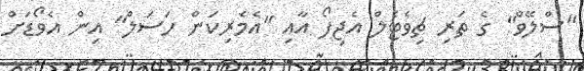
"ސްލޭވް" ގެ ތަރި ޗިވެޓެލް އެޖިފޯ އާއި "އެމެރިކަން ހަސަލް" އިން އެވޯޑަށް